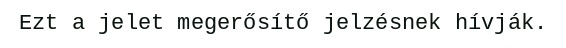
Ezt a jelet megerősítő jelzésnek hívják.